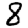
Digit: 8